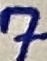
Text: 7